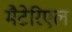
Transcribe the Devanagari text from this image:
मैटेरिएल